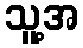
သူ့အ